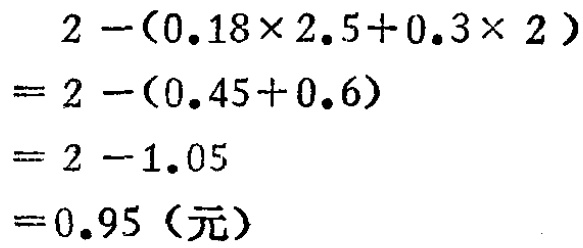
\[
\begin{align*}
&2-(0.18\times2.5 + 0.3\times2)\\
=&2-(0.45 + 0.6)\\
=&2 - 1.05\\
=&0.95（元）
\end{align*}
\]